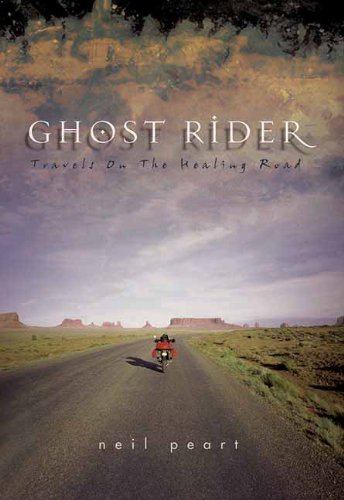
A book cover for Ghost Rider: Travels on the Healing Road; Neil Peart; Self-Help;